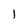
Character: 1